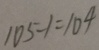
1 0 5 - 1 = 1 0 4